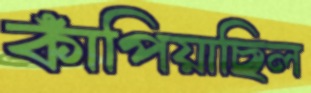
কাঁপিয়াছিল